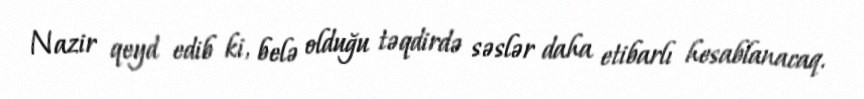
Nazir qeyd edib ki, belə olduğu təqdirdə səslər daha etibarlı hesablanacaq.